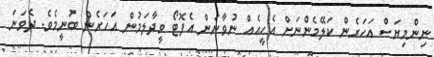
ނިންމިޔަސް އަހަރެން ކަލޭމެންނަށް އެހީއެއް ނުވާނަން އެފޮޓޯ ވީދާލަމުން އަހަރެން ބުނީމެވެ. ދެވަނަ